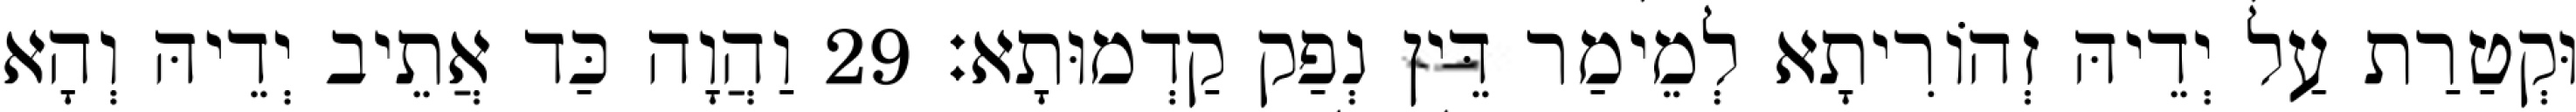
וּקְטַרַת עַל יְדֵיהּ זְהוֹרִיתָא לְמֵימַר דֵּין נְפַק קַדְמוּתָא׃ 29 וַהֲוָה כַּד אֲתֵיב יְדֵיהּ וְהָא